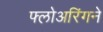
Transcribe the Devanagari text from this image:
फ्लोअरिंगने